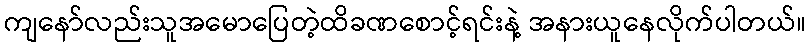
ကျနော်လည်းသူအမောပြေတဲ့ထိခဏစောင့်ရင်းနဲ့ အနားယူနေလိုက်ပါတယ်။